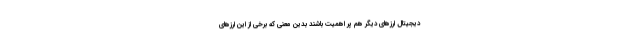
دیجیتال ارزهای دیگر هم پر اهمیت باشند بدین معنی که برخی از این ارزهای